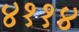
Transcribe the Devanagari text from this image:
४११४